Annual administration report of the Civil Veterinary Department, Ajmere-Merwara, British Rajputana - 1914-1940
Year: 1914
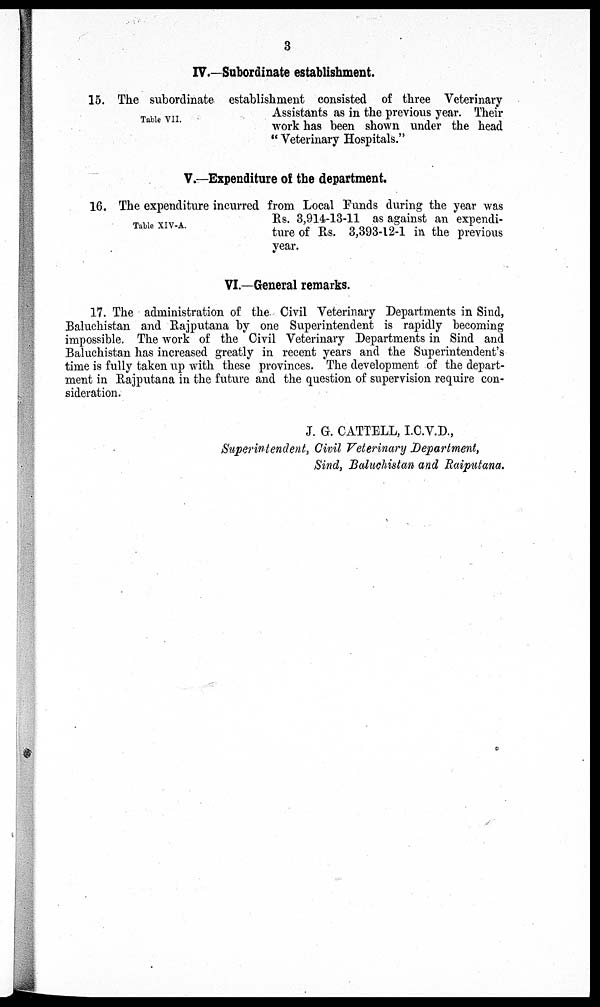
3
IV.—Subordinate establishment.
Table VII.
15. The subordinate establishment consisted of three Veterinary
Assistants as in the previous year. Their
work has been shown under the head
"Veterinary Hospitals."
V.—Expenditure of the department.
Table XIV-A.
16. The expenditure incurred from Local Funds during the year was
Rs. 3,914-13-11 as against an expendi-
ture of Rs. 3,393-12-1 in the previous
year.
VI.—General remarks
17. The administration of the Civil Veterinary Departments in Sind,
Baluchistan and Rajputana by one Superintendent is rapidly becoming
impossible. The work of the Civil Veterinary Departments in Sind and
Baluchistan has increased greatly in recent years and the Superintendent's
time is fully taken up with these provinces. The development of the depart-
ment in Rajputana in the future and the question of supervision require con-
sideration.
J. G. CATTELL, I.C.V.D.,
Superintendent, Civil Veterinary Department,
Sind, Baluchistan and Raiputana.